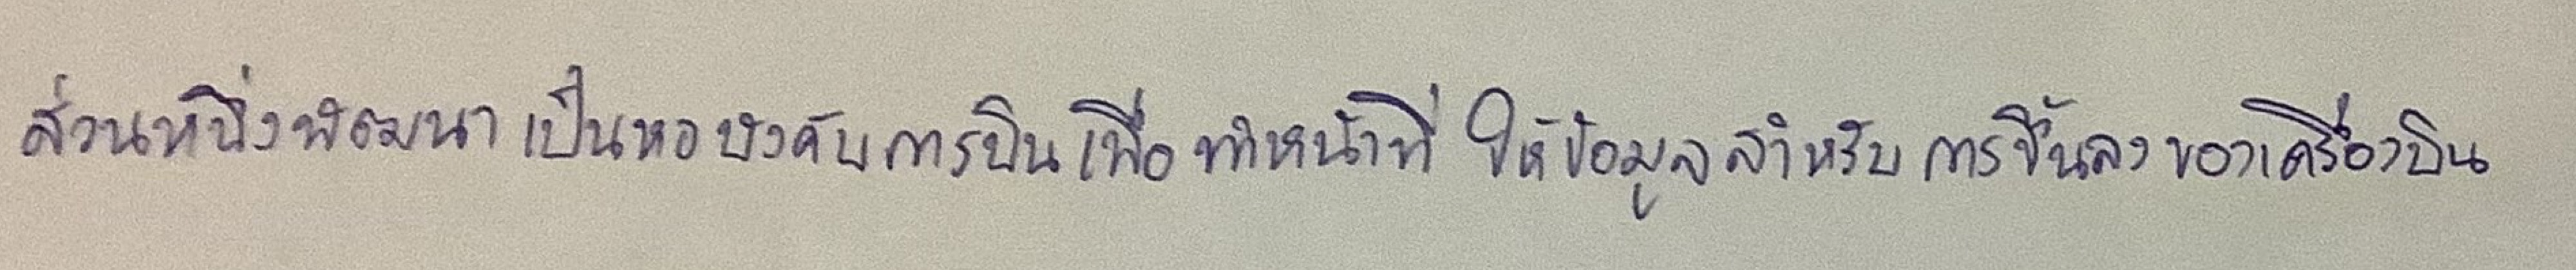
ส่วนหนึ่งพัฒนาเป็นหอบังคับการบินเพื่อทำหน้าที่ให้ข้อมูลสำหรับการขึ้นลงของเครื่องบิน